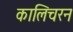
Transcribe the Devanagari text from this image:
कालिचरन